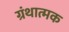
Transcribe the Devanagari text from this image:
ग्रंथात्मक